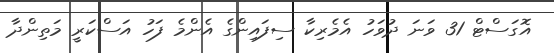
އޮގަސްޓް 31 ވަނަ ދުވަހު އެމެރިކާ ސިފައިންގެ އެންމެ ފަހު އަސްކަރީ މަތިންދާ